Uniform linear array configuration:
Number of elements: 4
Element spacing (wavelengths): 1
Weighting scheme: binomial
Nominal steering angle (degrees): -30
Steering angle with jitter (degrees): -30.958
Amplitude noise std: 0.05
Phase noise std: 0.05

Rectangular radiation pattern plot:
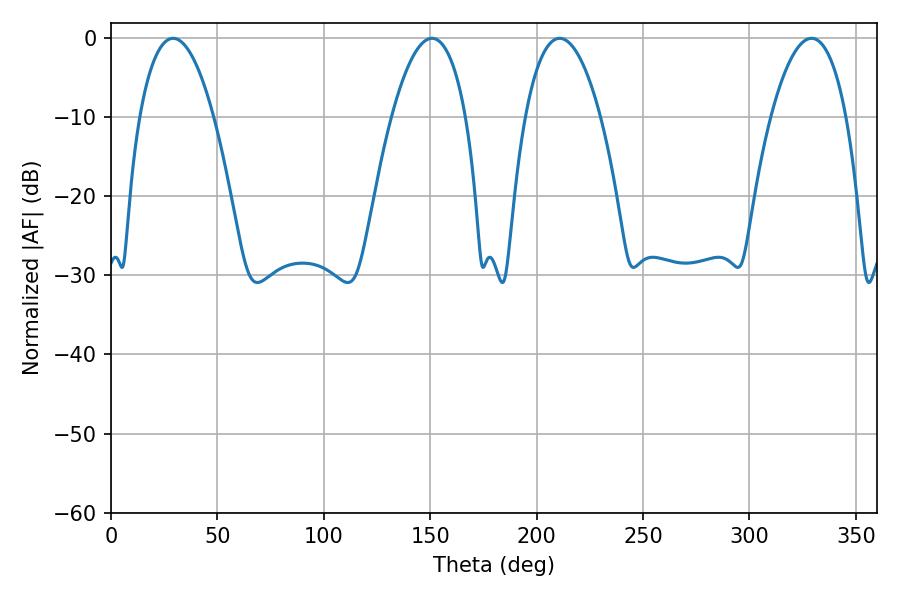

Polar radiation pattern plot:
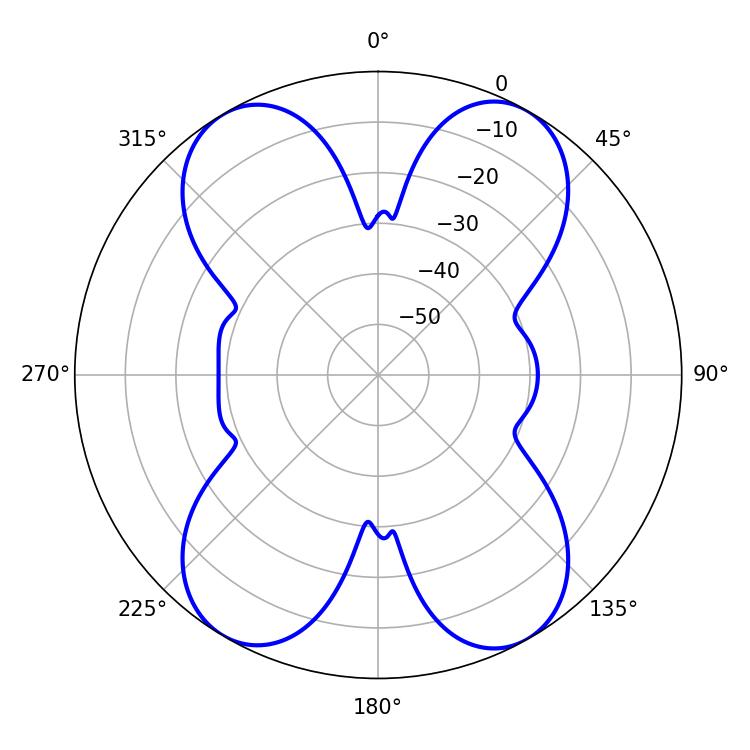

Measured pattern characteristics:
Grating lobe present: TRUE
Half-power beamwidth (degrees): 19.44
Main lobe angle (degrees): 29.16